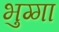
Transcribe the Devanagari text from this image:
भुग्गा